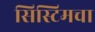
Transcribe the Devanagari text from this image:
सिस्टिमचा